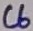
Text: C6